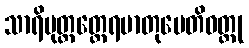
သာရိပုတ္တတ္ထေရမာတုပေတိဝတ္ထု